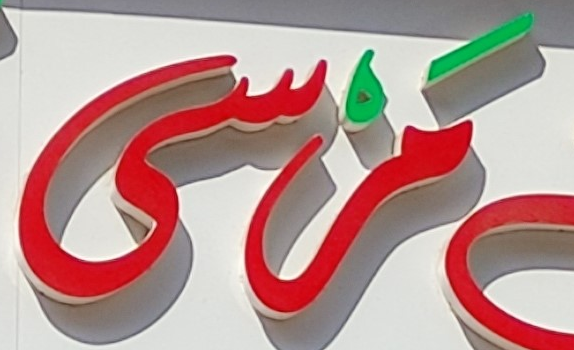
مرسى